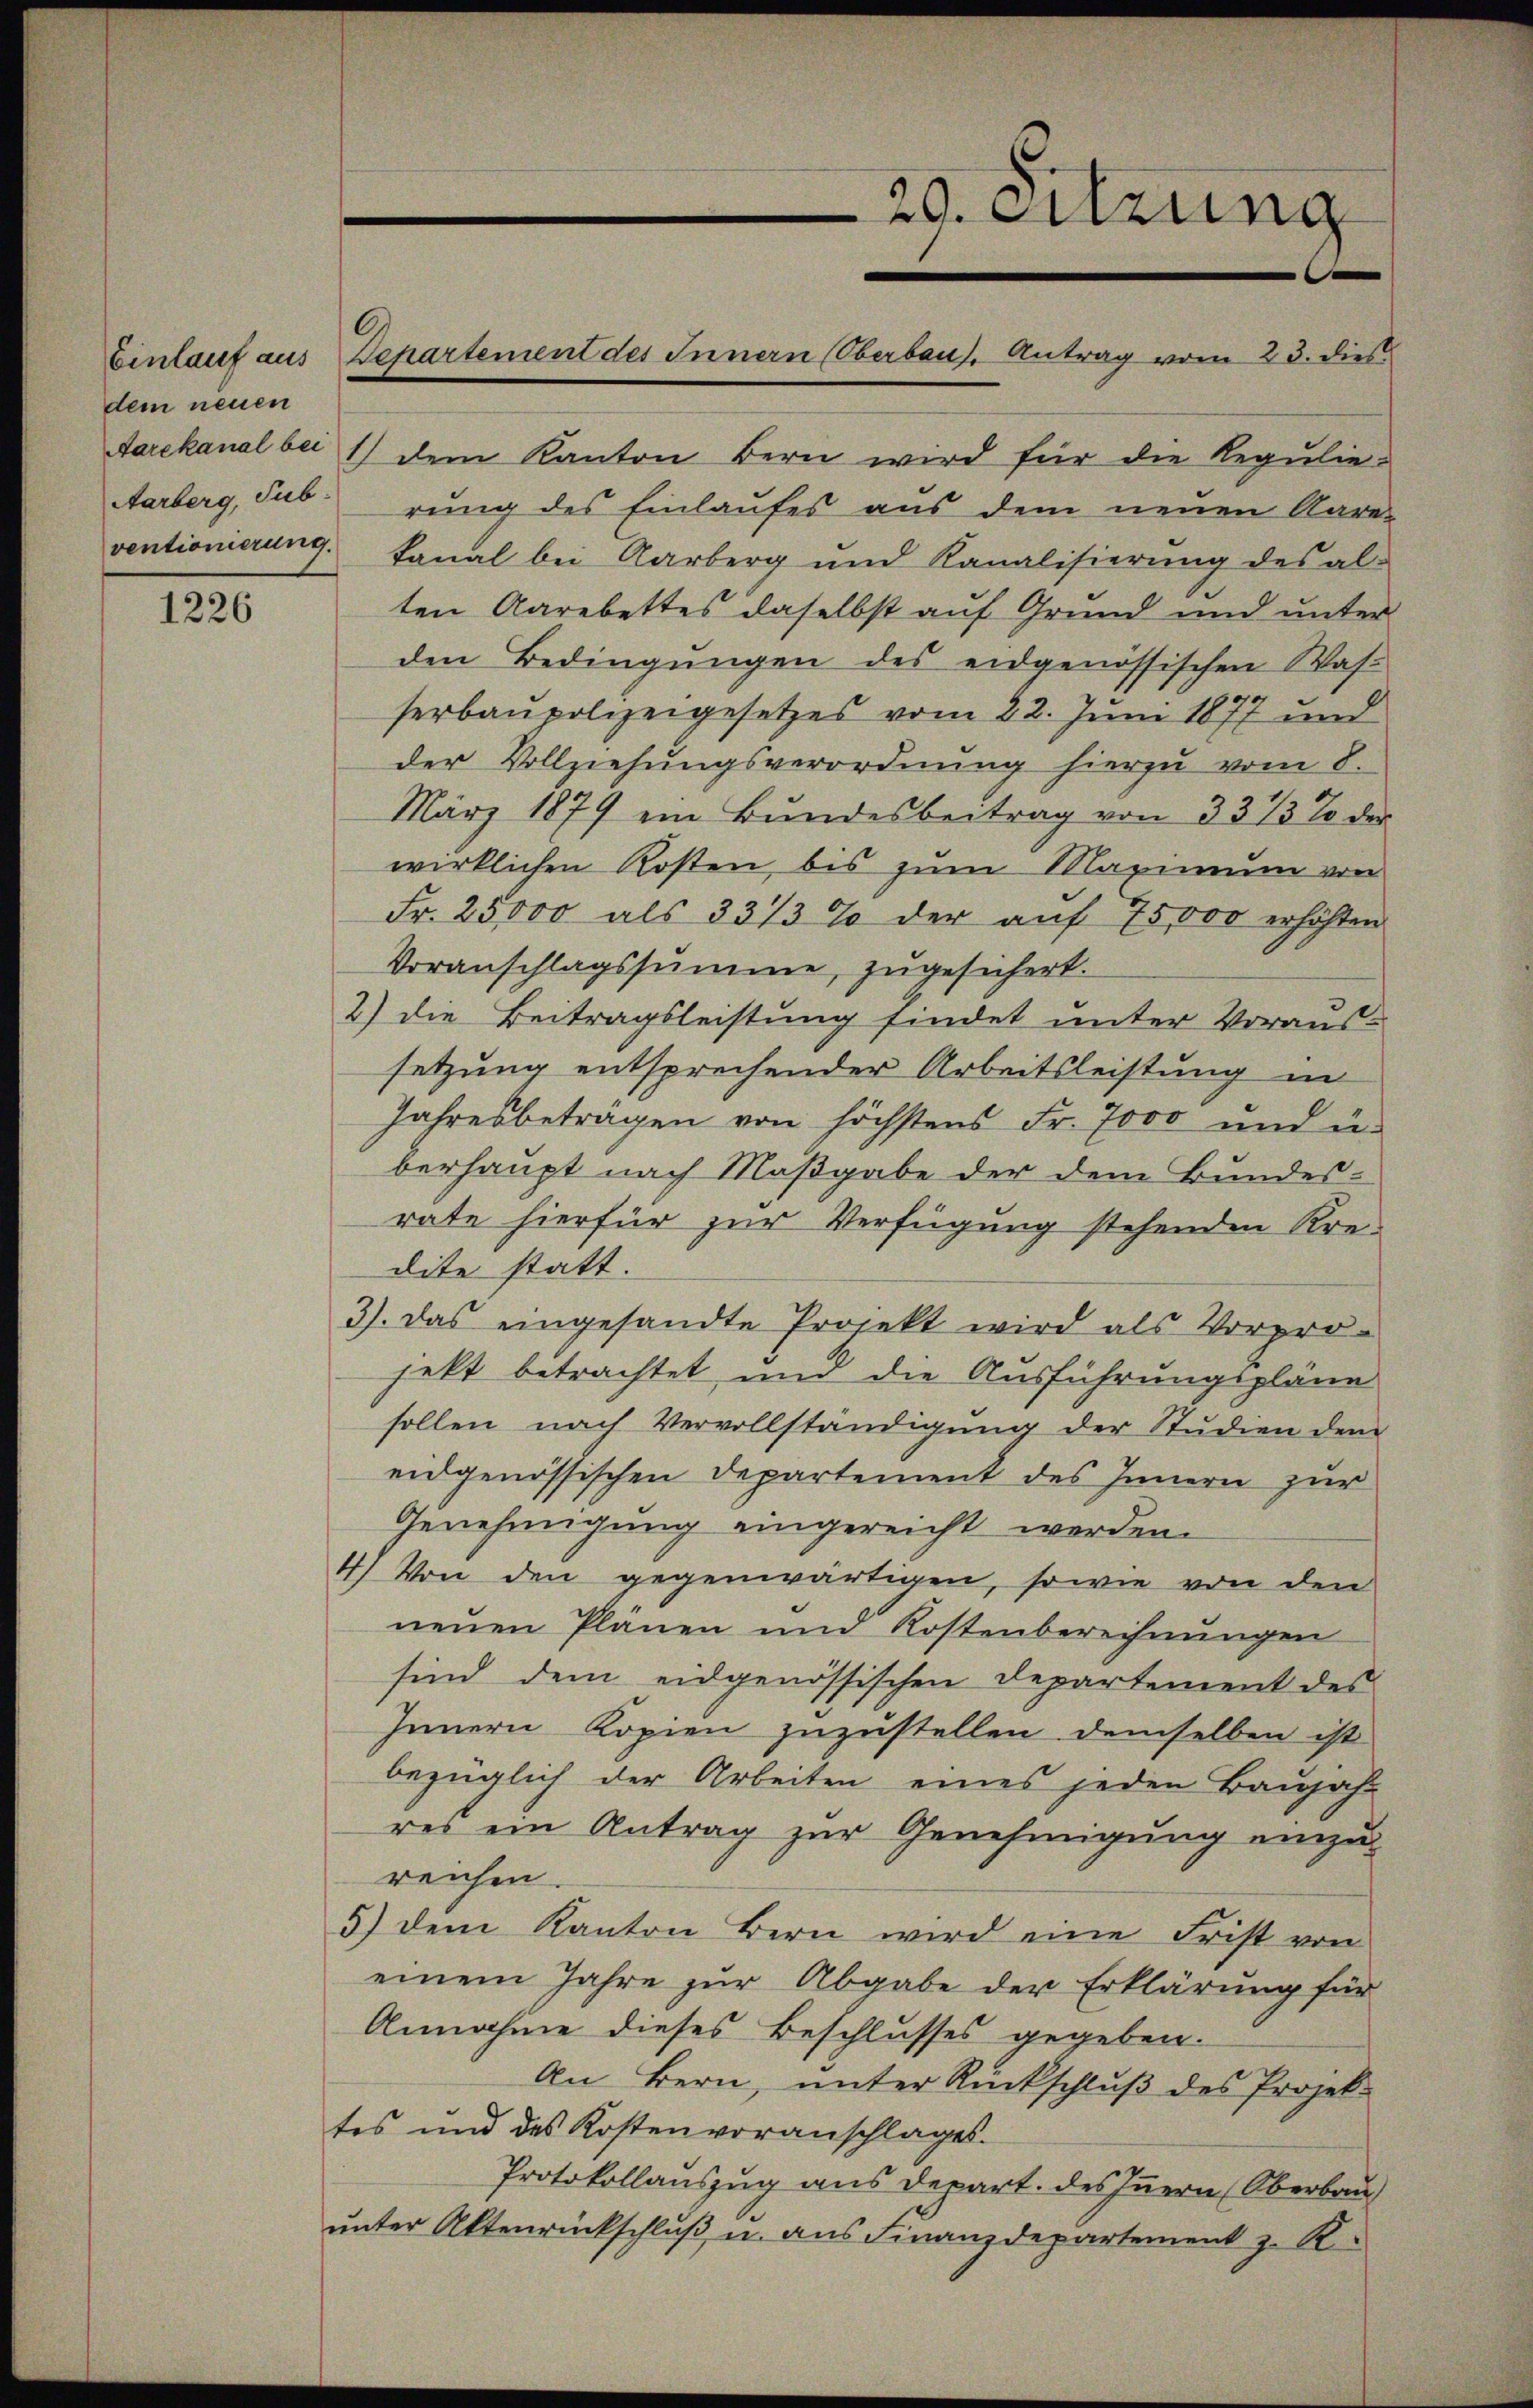
dem neuen

1226

6.

Einlauf aus Departement des Innern (Oberbaus, Antrag vom 23. dies

Aarekanal bei 1) dem Kanton Bern wird für die Regulie¬
Aarberg, Sub rung des Einlaufes aus dem neuen Aare-
ventionierung kanal bei Aarberg und Kanalisierŭng des al-
ten Aarebettes daselbst auf Grund und unter
den Bedingŭngen des eidgenössischen Was-
serbaupolizeigesetzes vom 22. Juni 1877 und
der Vollziehungsverordnŭng hierzu vom 8.
März 1879 ein Bŭndesbeitrag von 33 1/3 % der
wirklichen Kosten, bis zum Maximum von
Fr. 25,000 als 33/3 % der auf 75000 erhöhten
Voranschlagssumme, zugesichert.
2) die Beitragsleistung findet unter Voraus-
setzung entsprechender Arbeitsleistung in
Jahresbeträgen von höchstens Fr. 7000 und u.
berhaupt nach Maßgabe der dem Bundes-
rate hierfür zur Verfügung stehenden Kredite statt.
3). Das eingesandte Projekt wird als Vorpro-
jekt betrachtet, und die Ausführungspläne
sollen nach Vervollständigŭng der Studien dem
eidgenössischen Departement des Innern zur
Genehmigung eingereicht werden.
4) Von den gegenwärtigen, sowie von den
neuen Plänen und Kostenberechnungen
sind dem eidgenössischen Departement des
Innern Kopien zuzustellen demselben ist
bezüglich der Arbeiten eines jeden Baŭjahr
res ein Antrag zur Genehmigung einzu-
reichen.
5) dem Kanton Bern wird eine Frist von
einem Jahre zur Abgabe der Erklärung für
Annahme dieses Beschlusses gegeben.
An Bern, unter Rückschluß des Projektes und des Kostenvoranschlages.
Protokollauszug aus depart. des Innern (Oberbau
unter Aktenrückschluß u. aus Finanzdepartement z. B.

20. Sitzung